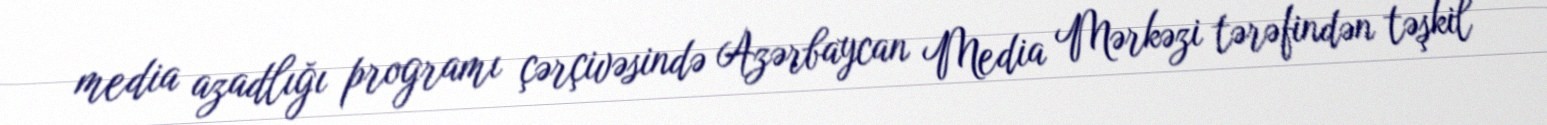
media azadlığı programı çərçivəsində Azərbaycan Media Mərkəzi tərəfindən təşkil